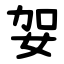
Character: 妿